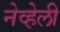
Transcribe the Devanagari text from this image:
नेव्हेली